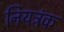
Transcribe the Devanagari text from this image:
नियत्रंक